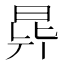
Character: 𣌲